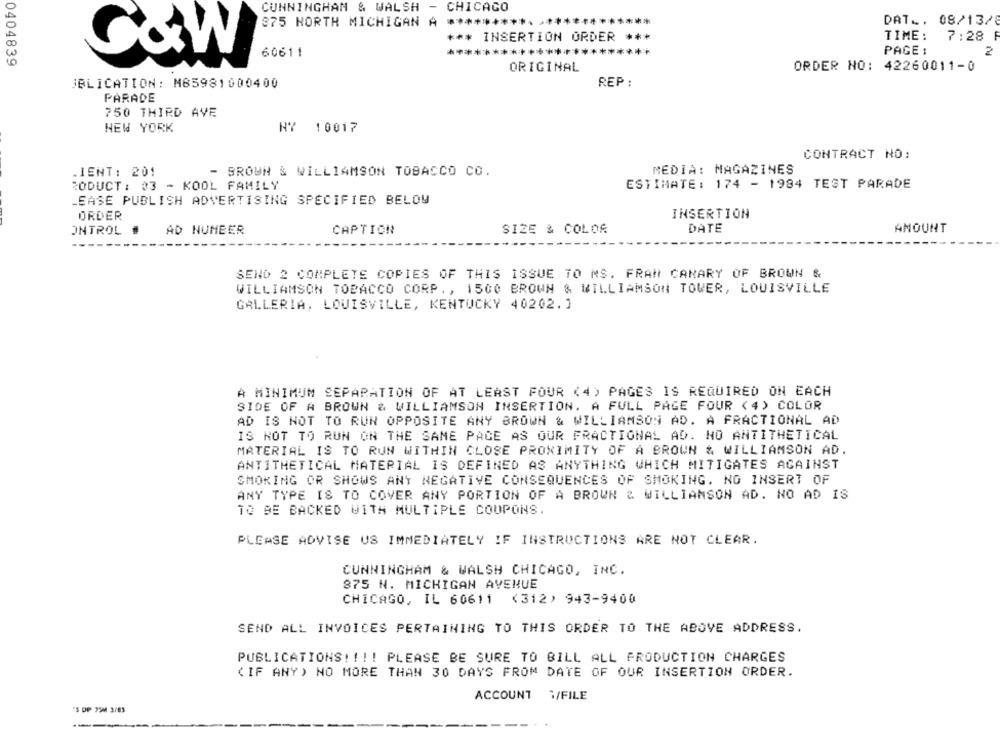
CUNNINGHAM & WALSH - CHICAGO
375 NORTH MICHIGAN A ***** 4
************
DAT .. 08/13/8
*** INSERTION ORDER ***
TIME :
7:28 F
60611
************
PAGE :
2
C&W
0404839
ORDER NO: 42260011-0
ORIGINAL
BLICATION: M85981000400
REP :
PARADE
750 THIRD AVE
NEW YORK
NY 10017
CONTRACT NO:
.IENT: 201
- BROWN & WILLIAMSON TOBACCO CO.
MEDIA: MAGAZINES
RODUCT : 33 - KOOL FAMILY
ESTIMATE: 174 - 1984 TEST PARADE
EASE PUBLISH ADVERTISING SPECIFIED BELOW
ORDER
INSERTION
ONTROL
AD NUMBER
CAPTION
SIZE & COLOR
DATE
AMOUNT
SEND 2 COMPLETE COPIES OF THIS ISSUE TO MS. FRAN CANARY OF BROWN &
WILLIAMSON TOBACCO CORP ., 1500 BROWN & WILLIAMSON TOWER, LOUISVILLE
GALLERIA, LOUISVILLE, KENTUCKY 40202.]
A MINIMUM SEPARATION OF AT LEAST FOUR (4) PAGES IS REQUIRED ON EACH
SIDE OF A BROWN & WILLIAMSON INSERTION. A FULL PAGE FOUR (4) COLOR
AD IS NOT TO RUN OPPOSITE ANY BROWN & WILLIAMSON AD. A FRACTIONAL AD
IS NOT TO RUN ON THE SAME PACE AS OUR FRACTIONAL AD. NO ANTITHETICAL
MATERIAL IS TO RUN WITHIN CLOSE PROXIMITY OF A BROWN & WILLIAMSON AD.
ANTITHETICAL MATERIAL IS DEFINED AS ANYTHING WHICH MITIGATES AGAINST
SMOKING OR SHOWS ANT NEGATIVE CONSEQUENCES OF SMOKING. NO INSERT OF
ANY TYPE IS TO COVER ANY PORTION OF A BROWN & WILLIAMSON AD. NO AD IS
TO BE BACKED WITH MULTIPLE COUPONS.
PLEASE ADVISE US IMMEDIATELY IF INSTRUCTIONS ARE NOT CLEAR.
CUNNINGHAM & WALSH CHICAGO, INC.
875 N. MICHIGAN AVENUE
CHICAGO, IL 60611 <312) 943-9400
SEND ALL INVOICES PERTAINING TO THIS ORDER TO THE ABOVE ADDRESS.
PUBLICATIONS !!!! PLEASE BE SURE TO BILL ALL PRODUCTION CHARGES
( IF ANY) NO MORE THAN 30 DAYS FROM DATE OF OUR INSERTION ORDER.
ACCOUNT 1/FILE
"$ DP 75M 3/83
-------